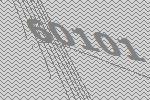
60101